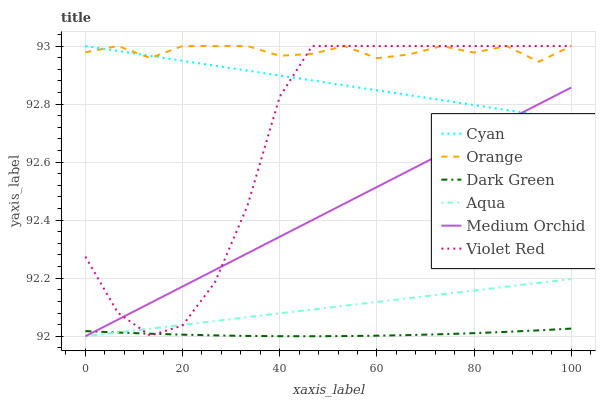
| xaxis_label | Cyan | Orange | Dark Green | Aqua | Medium Orchid | Violet Red |
 | --- | --- | --- | --- | --- | --- | --- |
 | 0 | 93 | 93 | 92 | 92 | 92 | 92.3 |
 | 6.67 | 93 | 93 | 92 | 92 | 92.1 | 92.1 |
 | 13.3 | 93 | 93 | 92 | 92 | 92.1 | 92 |
 | 20 | 92.9 | 93 | 92 | 92 | 92.2 | 92 |
 | 26.7 | 92.9 | 93 | 92 | 92.1 | 92.2 | 92.2 |
 | 33.3 | 92.9 | 93 | 92 | 92.1 | 92.3 | 92.4 |
 | 40 | 92.9 | 93 | 92 | 92.1 | 92.3 | 92.8 |
 | 46.7 | 92.9 | 93 | 92 | 92.1 | 92.4 | 93 |
 | 53.3 | 92.9 | 93 | 92 | 92.1 | 92.5 | 93 |
 | 60 | 92.8 | 93 | 92 | 92.1 | 92.5 | 93 |
 | 66.7 | 92.8 | 93 | 92 | 92.1 | 92.6 | 93 |
 | 73.3 | 92.8 | 93 | 92 | 92.1 | 92.6 | 93 |
 | 80 | 92.8 | 93 | 92 | 92.2 | 92.7 | 93 |
 | 86.7 | 92.8 | 93 | 92 | 92.2 | 92.7 | 93 |
 | 93.3 | 92.8 | 92.9 | 92 | 92.2 | 92.8 | 93 |
 | 100 | 92.7 | 93 | 92 | 92.2 | 92.9 | 93 |